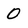
Character: 0